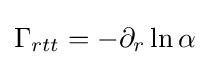
\Gamma _{rtt}=-\partial _{r}\ln \alpha